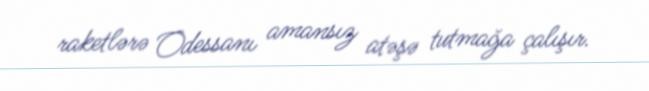
raketlərə Odessanı amansız atəşə tutmağa çalışır.